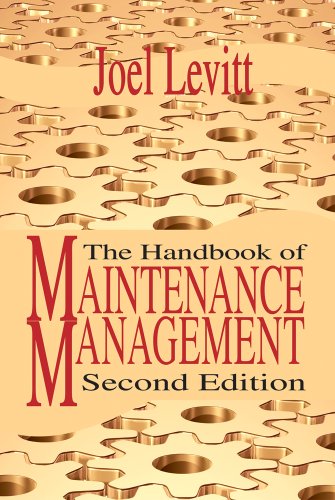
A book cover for Handbook of Maintenance Management; Joel Levitt; Business & Money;